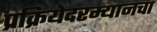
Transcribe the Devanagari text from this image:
प्रक्रियेदरम्यानचा